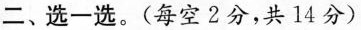
二、选一选。(每空2分，共14分)